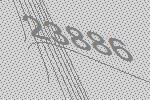
23886